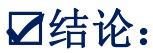
✔结论：